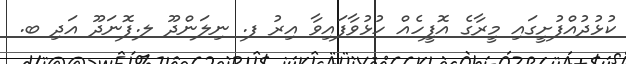
ކުޅުދުއްފުށީގައި މީރާގެ އޮފީހެއް ހުޅުވާފައިވާ އިރު ފ. ނިލަންދޫ ލ.ފޮނަދޫ އަދި ބ.